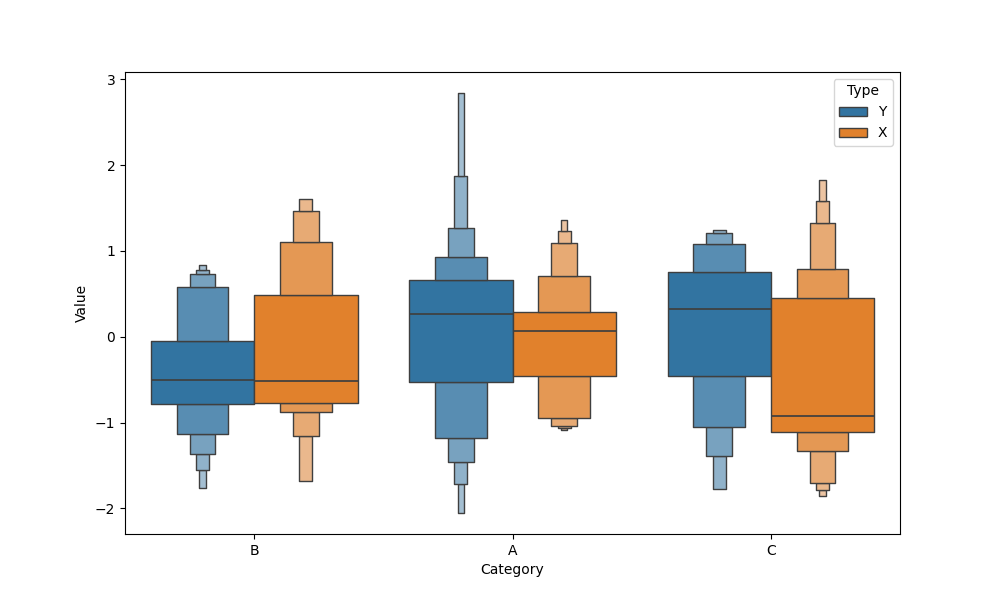
python, seaborn, boxenplot, k_depth='full', linewidth=1, scale='exponential', outlier_prop=0.1, showfliers=False